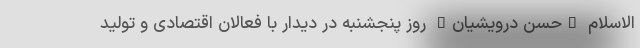
الاسلام "حسن درویشیان" روز پنجشنبه در دیدار با فعالان اقتصادی و تولید